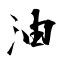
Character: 油